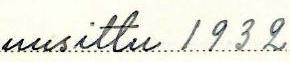
uusittu 1932